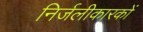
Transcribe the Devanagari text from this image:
निर्जलीकारकों